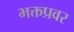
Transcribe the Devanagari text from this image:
भक्तप्रवर